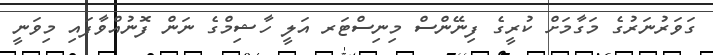
ގަވަރުނަރުގެ މަގާމަށް ކުރީގެ ފިނޭންސް މިނިސްޓަރ އަލީ ހާޝިމްގެ ނަން ފޮނުއްވާފައި މިވަނީ